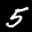
Label: 5